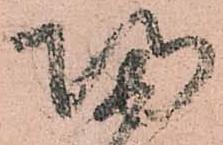
帰